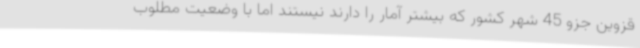
قزوین جزو 45 شهر کشور که بیشتر آمار را دارند نیستند اما با وضعیت مطلوب